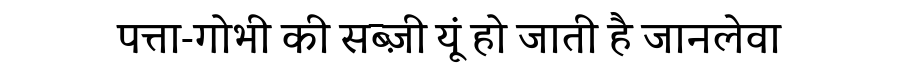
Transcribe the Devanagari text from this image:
पत्ता-गोभी की सब्ज़ी यूं हो जाती है जानलेवा